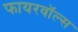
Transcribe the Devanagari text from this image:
फायरवॉल्स